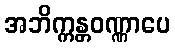
အဘိက္ကန္တဝဏ္ဏာပေ